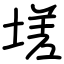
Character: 𡏦